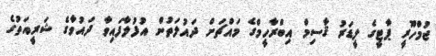
ޖުމްހޫރީ ޕާޓީގެ ލީޑަރު ޤާސިމް އިބްރާހީމްގެ މައްޗަށް ދައުލަތުން އުފުލާފައިވާ ދައުވާގެ ޝަރީއަތުގެ